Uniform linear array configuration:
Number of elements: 32
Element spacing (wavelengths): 0.25
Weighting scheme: blackman
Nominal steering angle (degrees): -45
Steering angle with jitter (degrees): -46.581
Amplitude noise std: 0.05
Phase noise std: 0.05

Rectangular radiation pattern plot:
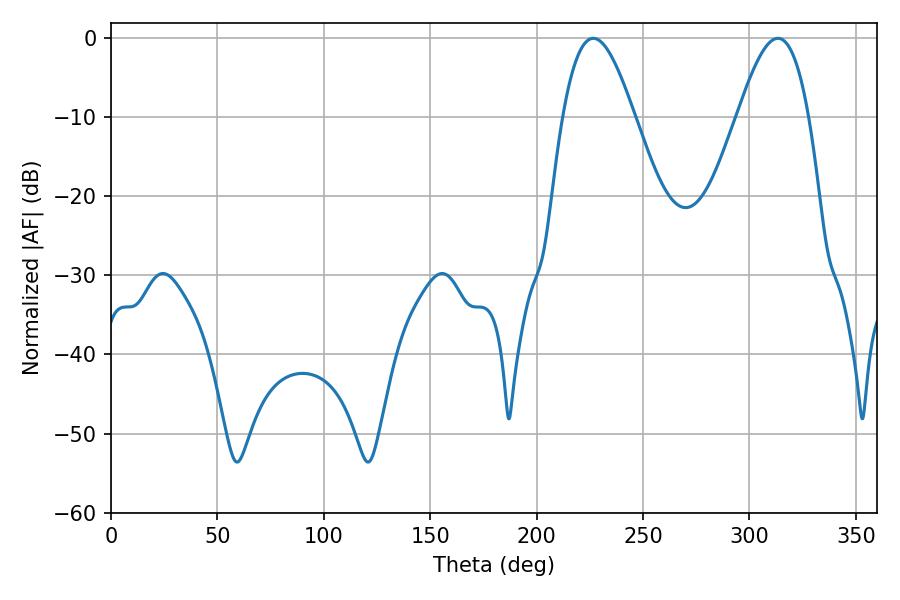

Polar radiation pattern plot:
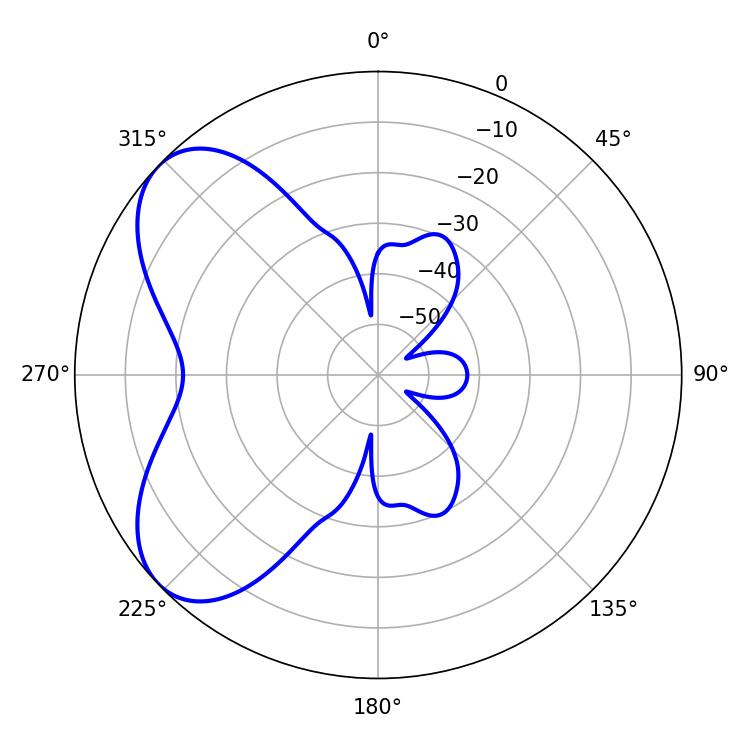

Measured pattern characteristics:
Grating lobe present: FALSE
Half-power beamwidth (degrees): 18.18
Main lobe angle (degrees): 226.62